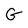
Character: G